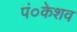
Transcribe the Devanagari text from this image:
पं०केशव